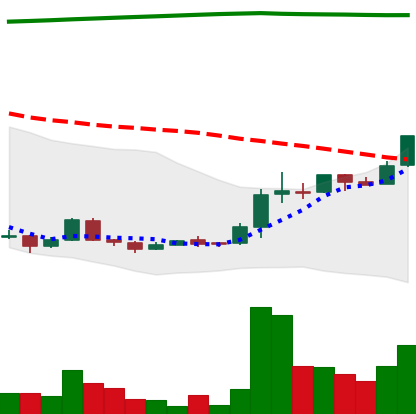
Ticker: XRP-USD
Chart end date: 2018-04-19
Forward return: 18.031%
Label: up_7plus